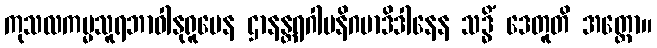
ကုသလကမ္မသူရဘာဝါနုရူပေန ဌာနန္တရဂါမနိဂမာဒိဒါနေန သဒ္ဓိံ ဒေတူတိ အတ္ထော။